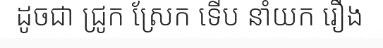
ដូចជា ជ្រូក ស្រែក ទើប នាំយក រឿង